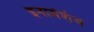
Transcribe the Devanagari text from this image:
इनोवेंशंस